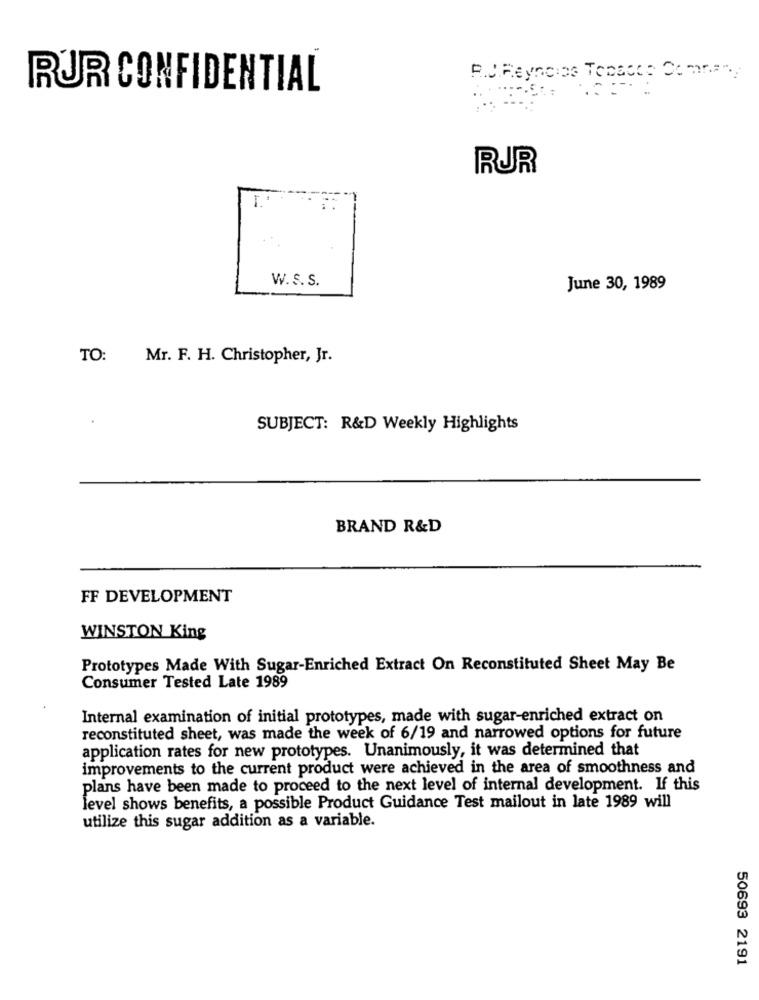
RUR CONFIDENTIAL
RUR
W. S. S.
June 30, 1989
TO:
Mr. F. H. Christopher, Jr.
.
SUBJECT: R&D Weekly Highlights
BRAND R&D
FF DEVELOPMENT
WINSTON King
Prototypes Made With Sugar-Enriched Extract On Reconstituted Sheet May Be
Consumer Tested Late 1989
Internal examination of initial prototypes, made with sugar-enriched extract on
reconstituted sheet, was made the week of 6/19 and narrowed options for future
application rates for new prototypes. Unanimously, it was determined that
improvements to the current product were achieved in the area of smoothness and
plans have been made to proceed to the next level of internal development. If this
level shows benefits, a possible Product Guidance Test mailout in late 1989 will
utilize this sugar addition as a variable.
50693 2191